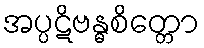
အပ္ပဋိဗန္ဓစိတ္တော